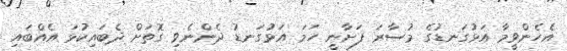
އެހެންވީމާ އަޅުގަނޑުގެ މުސާރަ ފަށާނީ ހަމަ އަޅުގަނޑު ދެންނެވި ގޮތަށް ދެބައިކުޅަ އެއްބައި